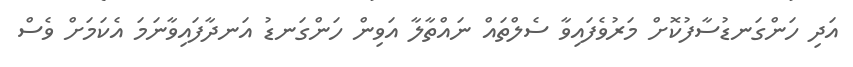
އަދި ހަންގަނޑުސާފުކޮށް މަރުވެފައިވާ ސެލްތައް ނައްތާލާ އަވިން ހަންގަނޑު އަނދާފައިވާނަމަ އެކަމަށް ވެސް